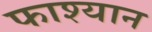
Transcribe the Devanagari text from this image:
फाश्यान